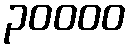
၃၀၀၀၀